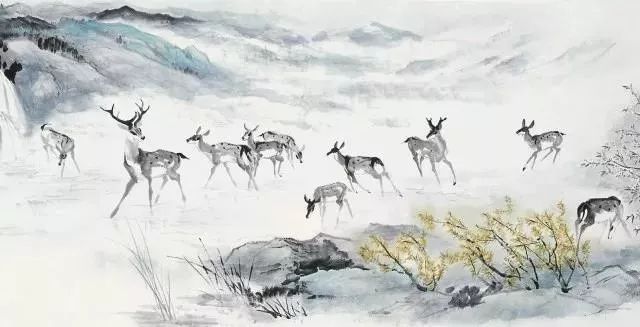
胡马依北风，越鸟巢南枝。